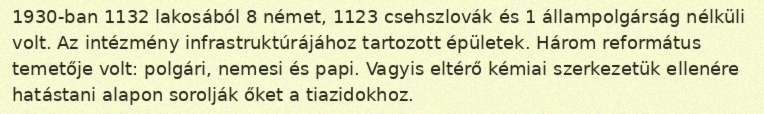
1930-ban 1132 lakosából 8 német, 1123 csehszlovák és 1 állampolgárság nélküli volt. Az intézmény infrastruktúrájához tartozott épületek. Három református temetője volt: polgári, nemesi és papi. Vagyis eltérő kémiai szerkezetük ellenére hatástani alapon sorolják őket a tiazidokhoz.